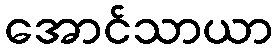
အောင်သာယာ